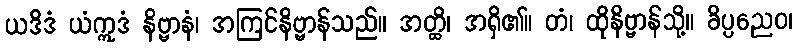
ယဒိဒံ ယံဣဒံ နိဗ္ဗာနံ၊ အကြင်နိဗ္ဗာန်သည်။ အတ္ထိ၊ အရှိ၏။ တံ၊ ထိုနိဗ္ဗာန်သို့။ ခိပ္ပညေဝ၊